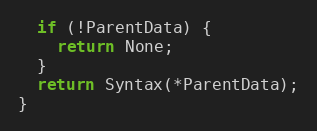
Language: C++
  if (!ParentData) {
    return None;
  }
  return Syntax(*ParentData);
}